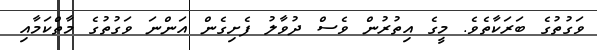
ވަގުތުގެ ބަރަކާތެވެ. މީގެ އިތުރުން ވެސް ދުވާލު ފެށިގެން އަންނަ ވަގުތުގެ މާތްކަމާއި